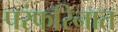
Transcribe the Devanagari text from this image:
परंफरिनात